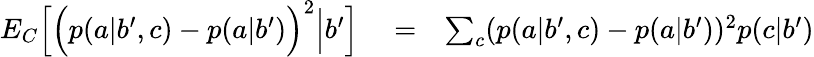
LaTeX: \begin{array}{rlr}{{E}_{C}\Big[\Big(p(a|b^{\prime},c)-p(a|b^{\prime})\Big)^{2}\Big|b^{\prime}\Big]}&{{}=}&{\sum_{c}(p(a|b^{\prime},c)-p(a|b^{\prime}))^{2}p(c|b^{\prime})}\end{array}